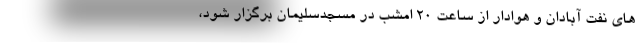
های نفت آبادان و هوادار از ساعت ۲۰ امشب در مسجدسلیمان برگزار شود،